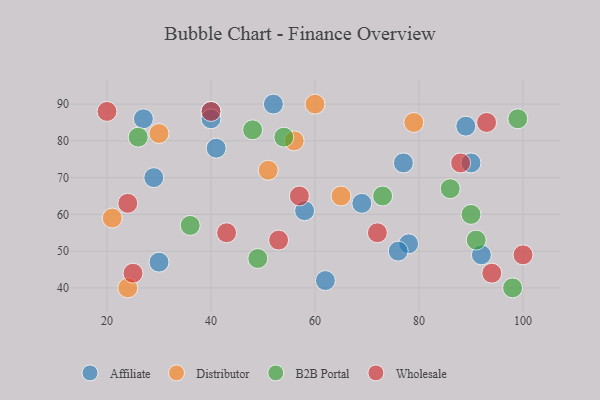
{"axis": {"x": "GDP", "y": "Life Expectancy"}, "legend": ["Affiliate", "B2B Portal", "Distributor", "Wholesale"], "data": [{"x": "58", "y": 61, "type": "Affiliate"}, {"x": "77", "y": 74, "type": "Affiliate"}, {"x": "69", "y": 63, "type": "Affiliate"}, {"x": "78", "y": 52, "type": "Affiliate"}, {"x": "52", "y": 90, "type": "Affiliate"}, {"x": "89", "y": 84, "type": "Affiliate"}, {"x": "40", "y": 88, "type": "Affiliate"}, {"x": "30", "y": 47, "type": "Affiliate"}, {"x": "27", "y": 86, "type": "Affiliate"}, {"x": "29", "y": 70, "type": "Affiliate"}, {"x": "90", "y": 74, "type": "Affiliate"}, {"x": "40", "y": 86, "type": "Affiliate"}, {"x": "41", "y": 78, "type": "Affiliate"}, {"x": "92", "y": 49, "type": "Affiliate"}, {"x": "62", "y": 42, "type": "Affiliate"}, {"x": "76", "y": 50, "type": "Affiliate"}, {"x": "60", "y": 90, "type": "Distributor"}, {"x": "56", "y": 80, "type": "Distributor"}, {"x": "51", "y": 72, "type": "Distributor"}, {"x": "79", "y": 85, "type": "Distributor"}, {"x": "24", "y": 40, "type": "Distributor"}, {"x": "30", "y": 82, "type": "Distributor"}, {"x": "65", "y": 65, "type": "Distributor"}, {"x": "21", "y": 59, "type": "Distributor"}, {"x": "36", "y": 57, "type": "B2B Portal"}, {"x": "98", "y": 40, "type": "B2B Portal"}, {"x": "49", "y": 48, "type": "B2B Portal"}, {"x": "90", "y": 60, "type": "B2B Portal"}, {"x": "54", "y": 81, "type": "B2B Portal"}, {"x": "26", "y": 81, "type": "B2B Portal"}, {"x": "73", "y": 65, "type": "B2B Portal"}, {"x": "86", "y": 67, "type": "B2B Portal"}, {"x": "99", "y": 86, "type": "B2B Portal"}, {"x": "48", "y": 83, "type": "B2B Portal"}, {"x": "91", "y": 53, "type": "B2B Portal"}, {"x": "93", "y": 85, "type": "Wholesale"}, {"x": "24", "y": 63, "type": "Wholesale"}, {"x": "72", "y": 55, "type": "Wholesale"}, {"x": "53", "y": 53, "type": "Wholesale"}, {"x": "57", "y": 65, "type": "Wholesale"}, {"x": "25", "y": 44, "type": "Wholesale"}, {"x": "43", "y": 55, "type": "Wholesale"}, {"x": "40", "y": 88, "type": "Wholesale"}, {"x": "20", "y": 88, "type": "Wholesale"}, {"x": "100", "y": 49, "type": "Wholesale"}, {"x": "88", "y": 74, "type": "Wholesale"}, {"x": "94", "y": 44, "type": "Wholesale"}]}